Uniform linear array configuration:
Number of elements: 12
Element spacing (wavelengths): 1
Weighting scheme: uniform
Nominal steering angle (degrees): -15
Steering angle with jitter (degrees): -14.209
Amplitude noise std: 0.05
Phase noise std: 0.05

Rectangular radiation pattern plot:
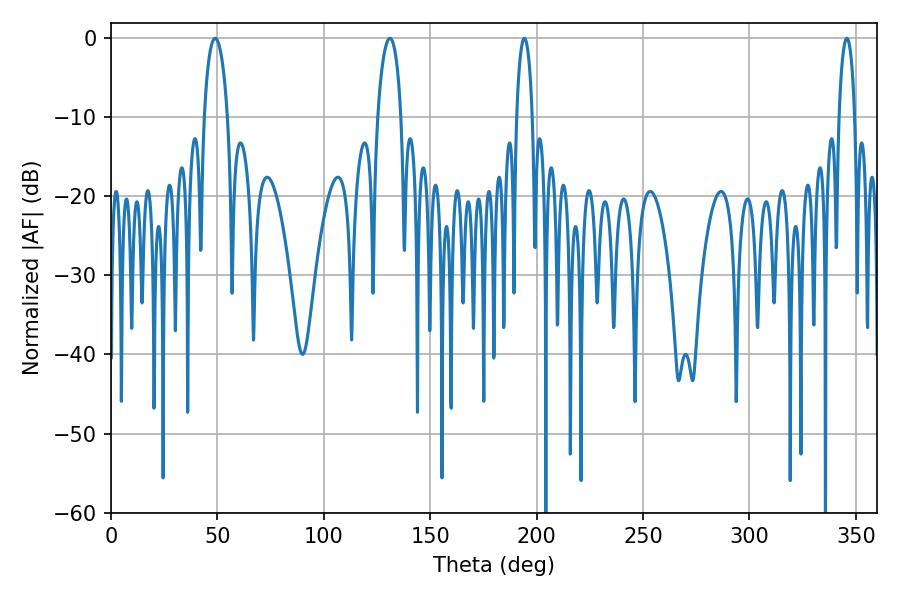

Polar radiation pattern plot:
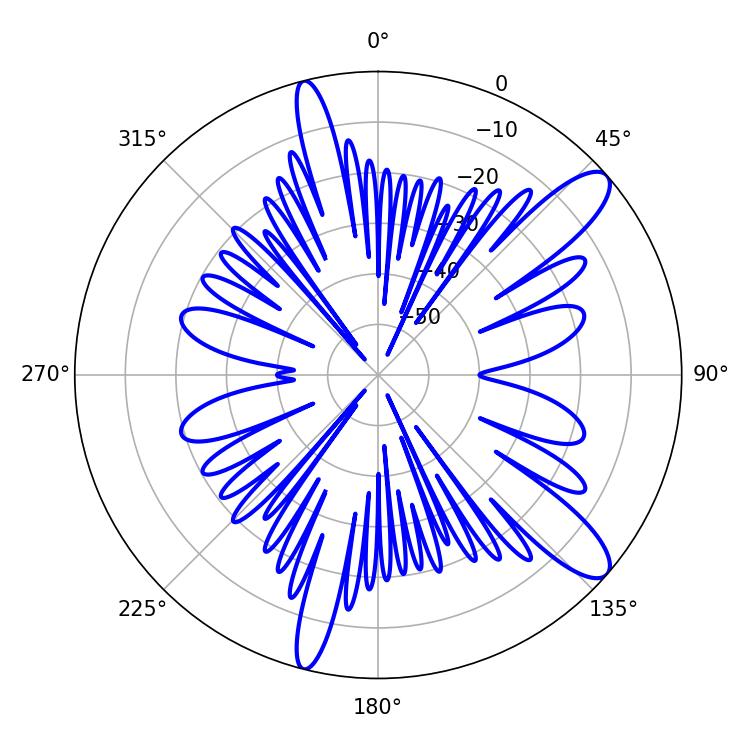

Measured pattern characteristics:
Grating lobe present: TRUE
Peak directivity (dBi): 11.446
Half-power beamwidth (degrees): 6.3
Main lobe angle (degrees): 48.96